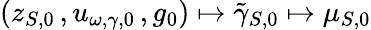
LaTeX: (z_{S,0}\, ,u_{\omega,\gamma,0}\, ,g_{0})\mapsto\tilde{\gamma}_{S,0}\mapsto\mu_{S,0}